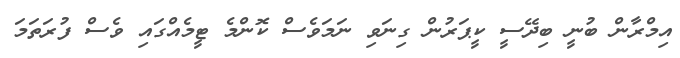
އިމްރާން ބުނީ ބިދޭސީ ކީޕަރުން ގިނަވި ނަމަވެސް ކޮންމެ ޓީމެއްގައި ވެސް ފުރަތަމަ